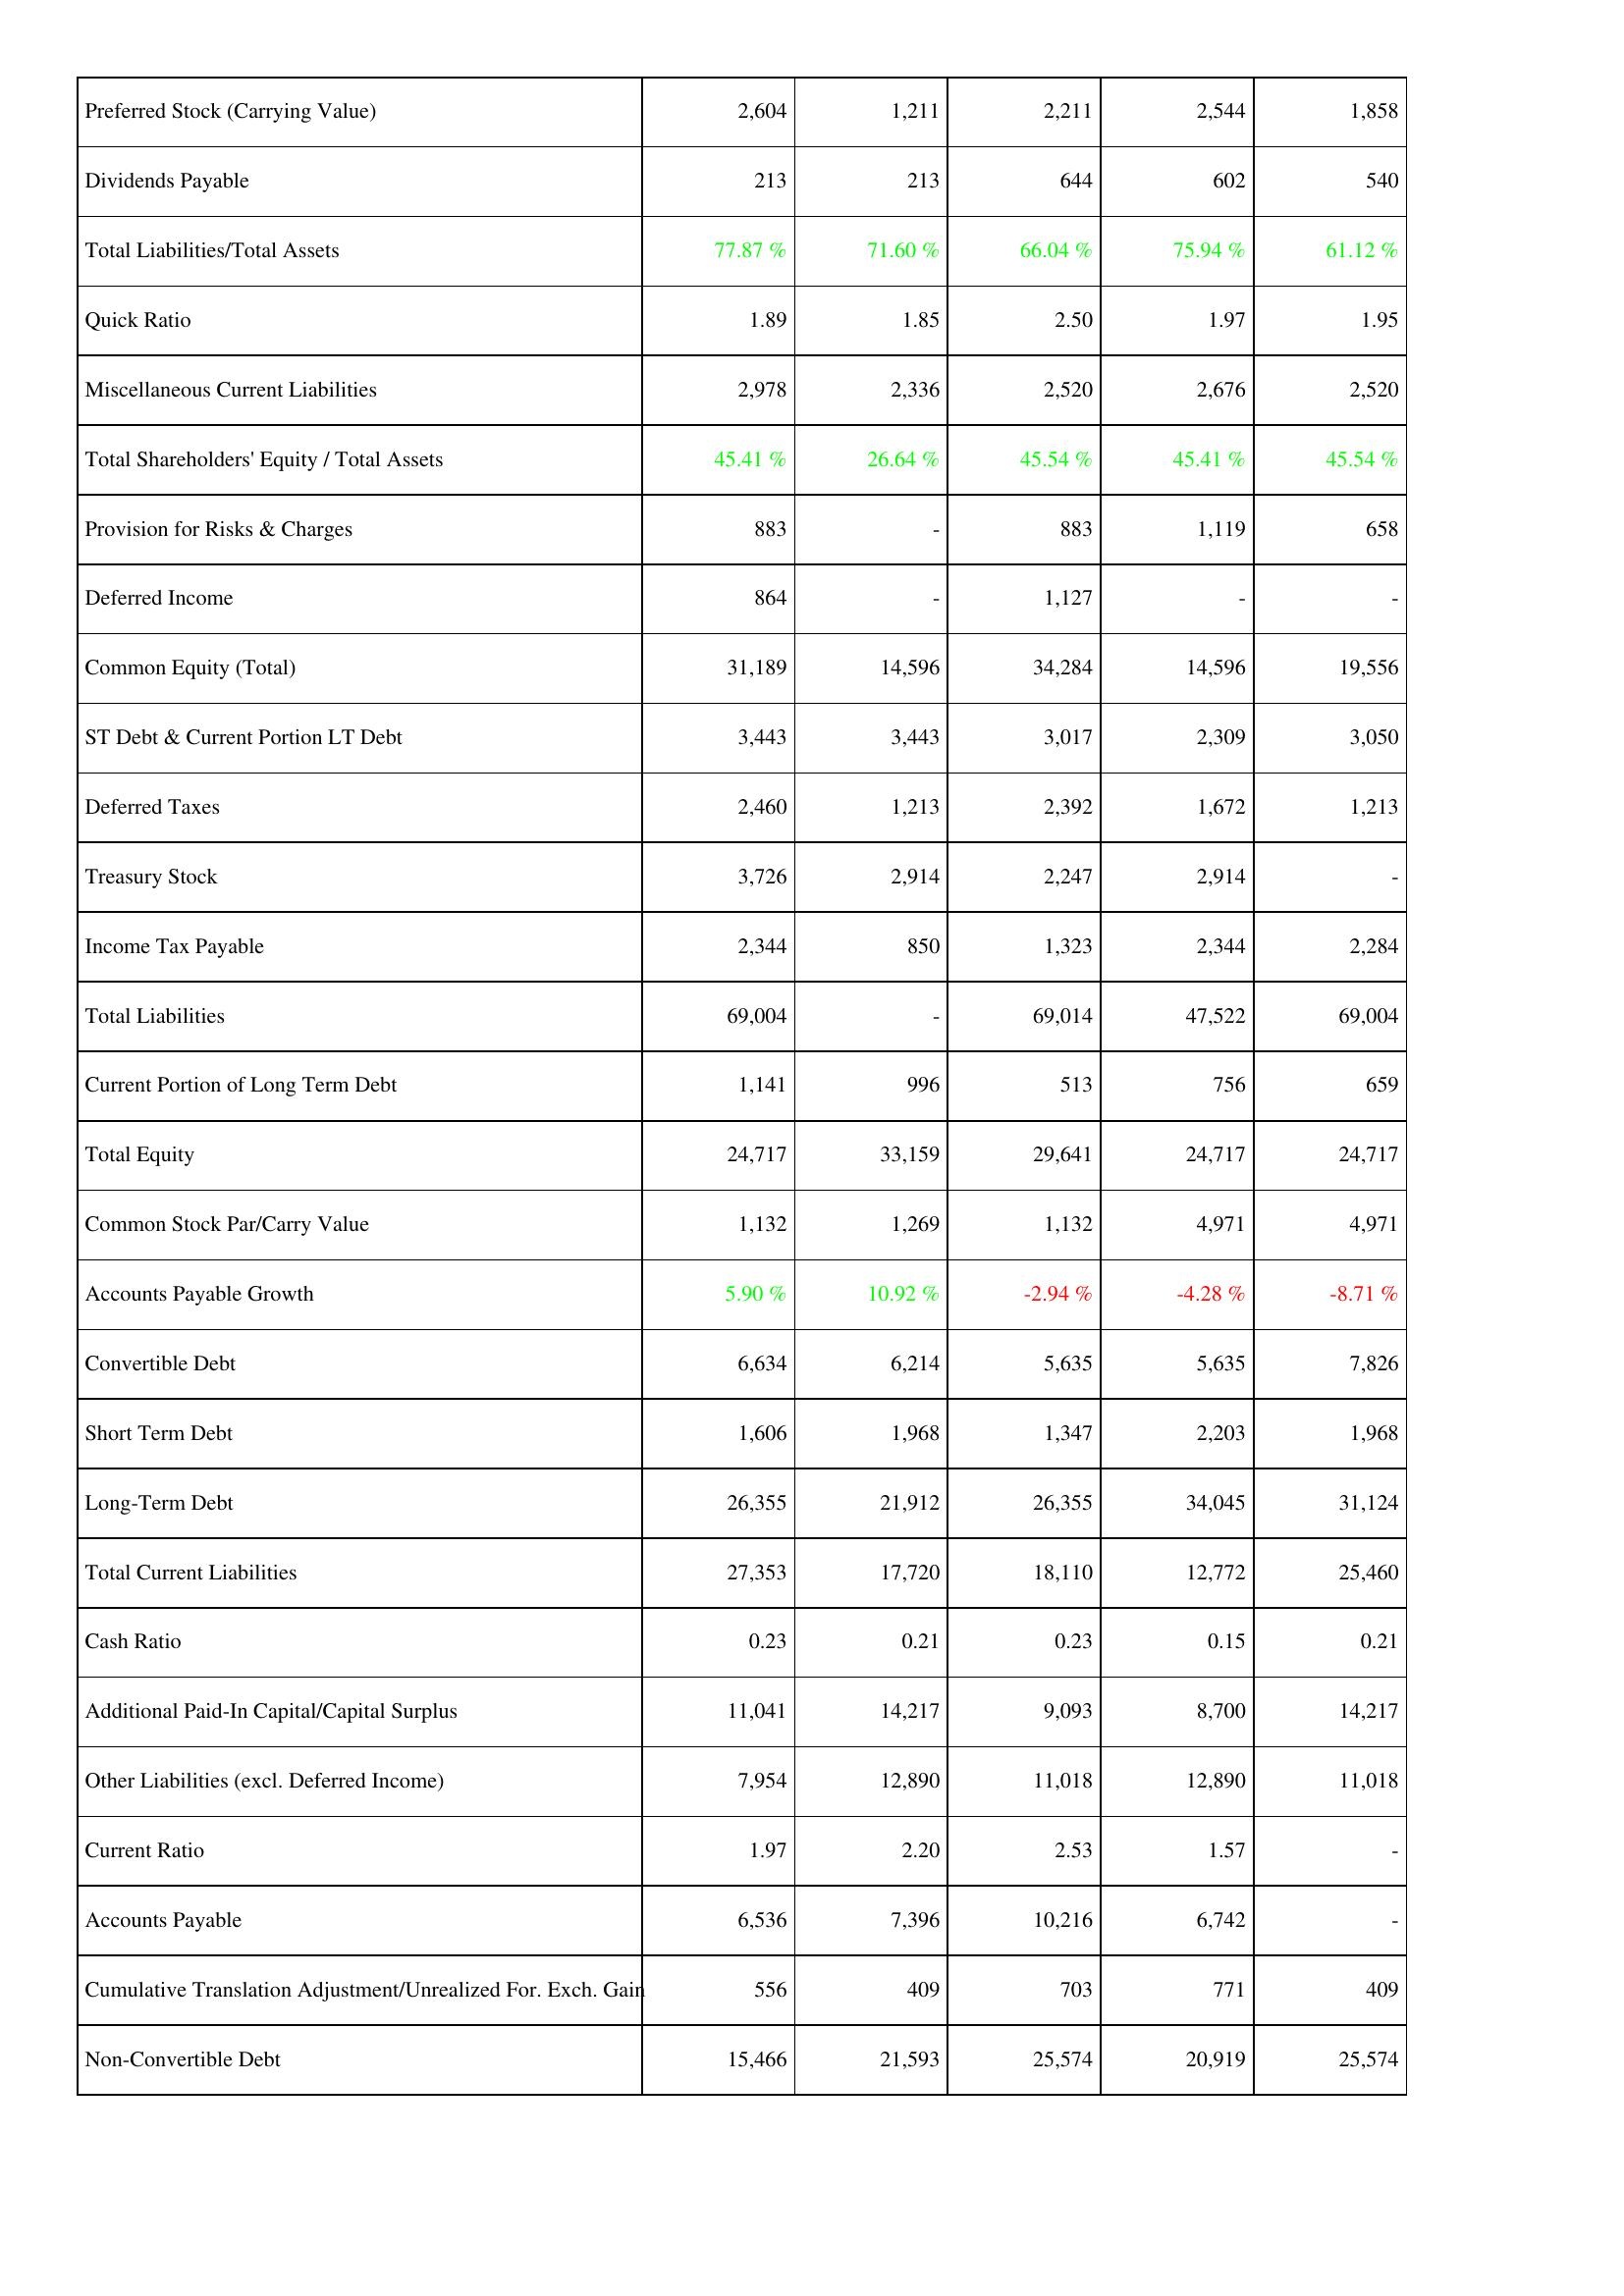
2014: Liabilities & Shareholders' Equity: Preferred Stock (Carrying Value): 2,604
Dividends Payable: 213
Total Liabilities/Total Assets: 77.87 %
Quick Ratio: 1.89
Miscellaneous Current Liabilities: 2,978
Total Shareholders' Equity / Total Assets: 45.41 %
Provision for Risks & Charges: 883
Deferred Income: 864
Common Equity (Total): 31,189
ST Debt & Current Portion LT Debt: 3,443
Deferred Taxes: 2,460
Treasury Stock: 3,726
Income Tax Payable: 2,344
Total Liabilities: 69,004
Current Portion of Long Term Debt: 1,141
Total Equity: 24,717
Common Stock Par/Carry Value: 1,132
Accounts Payable Growth: 5.90 %
Convertible Debt: 6,634
Short Term Debt: 1,606
Long-Term Debt: 26,355
Total Current Liabilities: 27,353
Cash Ratio: 0.23
Additional Paid-In Capital/Capital Surplus: 11,041
Other Liabilities (excl. Deferred Income): 7,954
Current Ratio: 1.97
Accounts Payable: 6,536
Cumulative Translation Adjustment/Unrealized For. Exch. Gain: 556
Non-Convertible Debt: 15,466
2013: Liabilities & Shareholders' Equity: Preferred Stock (Carrying Value): 1,211
Dividends Payable: 213
Total Liabilities/Total Assets: 71.60 %
Quick Ratio: 1.85
Miscellaneous Current Liabilities: 2,336
Total Shareholders' Equity / Total Assets: 26.64 %
Provision for Risks & Charges: -
Deferred Income: -
Common Equity (Total): 14,596
ST Debt & Current Portion LT Debt: 3,443
Deferred Taxes: 1,213
Treasury Stock: 2,914
Income Tax Payable: 850
Total Liabilities: -
Current Portion of Long Term Debt: 996
Total Equity: 33,159
Common Stock Par/Carry Value: 1,269
Accounts Payable Growth: 10.92 %
Convertible Debt: 6,214
Short Term Debt: 1,968
Long-Term Debt: 21,912
Total Current Liabilities: 17,720
Cash Ratio: 0.21
Additional Paid-In Capital/Capital Surplus: 14,217
Other Liabilities (excl. Deferred Income): 12,890
Current Ratio: 2.20
Accounts Payable: 7,396
Cumulative Translation Adjustment/Unrealized For. Exch. Gain: 409
Non-Convertible Debt: 21,593
2012: Liabilities & Shareholders' Equity: Preferred Stock (Carrying Value): 2,211
Dividends Payable: 644
Total Liabilities/Total Assets: 66.04 %
Quick Ratio: 2.50
Miscellaneous Current Liabilities: 2,520
Total Shareholders' Equity / Total Assets: 45.54 %
Provision for Risks & Charges: 883
Deferred Income: 1,127
Common Equity (Total): 34,284
ST Debt & Current Portion LT Debt: 3,017
Deferred Taxes: 2,392
Treasury Stock: 2,247
Income Tax Payable: 1,323
Total Liabilities: 69,014
Current Portion of Long Term Debt: 513
Total Equity: 29,641
Common Stock Par/Carry Value: 1,132
Accounts Payable Growth: -2.94 %
Convertible Debt: 5,635
Short Term Debt: 1,347
Long-Term Debt: 26,355
Total Current Liabilities: 18,110
Cash Ratio: 0.23
Additional Paid-In Capital/Capital Surplus: 9,093
Other Liabilities (excl. Deferred Income): 11,018
Current Ratio: 2.53
Accounts Payable: 10,216
Cumulative Translation Adjustment/Unrealized For. Exch. Gain: 703
Non-Convertible Debt: 25,574
2011: Liabilities & Shareholders' Equity: Preferred Stock (Carrying Value): 2,544
Dividends Payable: 602
Total Liabilities/Total Assets: 75.94 %
Quick Ratio: 1.97
Miscellaneous Current Liabilities: 2,676
Total Shareholders' Equity / Total Assets: 45.41 %
Provision for Risks & Charges: 1,119
Deferred Income: -
Common Equity (Total): 14,596
ST Debt & Current Portion LT Debt: 2,309
Deferred Taxes: 1,672
Treasury Stock: 2,914
Income Tax Payable: 2,344
Total Liabilities: 47,522
Current Portion of Long Term Debt: 756
Total Equity: 24,717
Common Stock Par/Carry Value: 4,971
Accounts Payable Growth: -4.28 %
Convertible Debt: 5,635
Short Term Debt: 2,203
Long-Term Debt: 34,045
Total Current Liabilities: 12,772
Cash Ratio: 0.15
Additional Paid-In Capital/Capital Surplus: 8,700
Other Liabilities (excl. Deferred Income): 12,890
Current Ratio: 1.57
Accounts Payable: 6,742
Cumulative Translation Adjustment/Unrealized For. Exch. Gain: 771
Non-Convertible Debt: 20,919
2010: Liabilities & Shareholders' Equity: Preferred Stock (Carrying Value): 1,858
Dividends Payable: 540
Total Liabilities/Total Assets: 61.12 %
Quick Ratio: 1.95
Miscellaneous Current Liabilities: 2,520
Total Shareholders' Equity / Total Assets: 45.54 %
Provision for Risks & Charges: 658
Deferred Income: -
Common Equity (Total): 19,556
ST Debt & Current Portion LT Debt: 3,050
Deferred Taxes: 1,213
Treasury Stock: -
Income Tax Payable: 2,284
Total Liabilities: 69,004
Current Portion of Long Term Debt: 659
Total Equity: 24,717
Common Stock Par/Carry Value: 4,971
Accounts Payable Growth: -8.71 %
Convertible Debt: 7,826
Short Term Debt: 1,968
Long-Term Debt: 31,124
Total Current Liabilities: 25,460
Cash Ratio: 0.21
Additional Paid-In Capital/Capital Surplus: 14,217
Other Liabilities (excl. Deferred Income): 11,018
Current Ratio: -
Accounts Payable: -
Cumulative Translation Adjustment/Unrealized For. Exch. Gain: 409
Non-Convertible Debt: 25,574